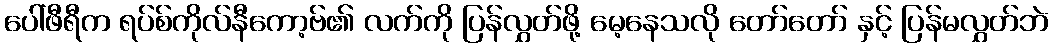
ပေါ်ဖီရီက ရပ်စ်ကိုလ်နီကော့ဗ်၏ လက်ကို ပြန်လွှတ်ဖို့ မေ့နေသလို တော်တော် နှင့် ပြန်မလွှတ်ဘဲ